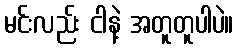
မင်းလည်း ငါနဲ့ အတူတူပါပဲ။